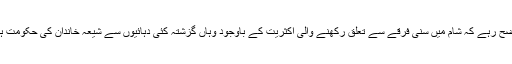
واضح رہے کہ شام میں سنی فرقے سے تعلق رکھنے والی اکثریت کے باوجود وہاں گزشتہ کئی دہائیوں سے شیعہ خاندان کی حکومت ہے۔